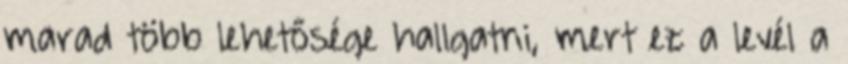
marad több lehetősége hallgatni, mert ez a levél a